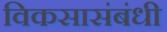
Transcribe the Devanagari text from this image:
विकसासंबंधी